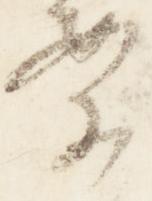
案